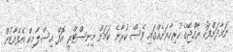
ނަމާދަށްފަހު ރާއްޖޭގެ ހުރިހާރަށެއްގައި ވެސް ކުރާނެ ކަމަށް މިނިސްޓްރީ އޮފް އިސްލާމިކް އެފެއާޒުން